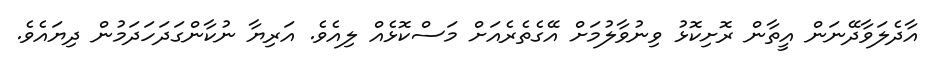
އާދެލަވާދޭނަން އީތާން ރޮށިކޮޅު ވިނުވާލުމަށް އޭގެތެރެއަށް މަސްކޮޅެއް ލިއެވެ. އަރިޔާ ނުކާންގަދަހަދަމުން ދިޔައެވެ.